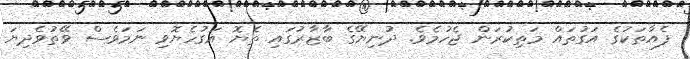
ފެއާތަކުގެ އަގުތައް މަތިކުރަން ޖެހުމެވެ. ދުނިޔޭގެ ބާޒާރުގައި ތެޔޮ އަގުހެޔޮވި ނަމަވެސް ވޭތުވެދިޔަ